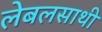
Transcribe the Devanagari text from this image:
लेबलसाथी